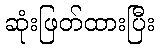
ဆုံးဖြတ်ထားပြီး